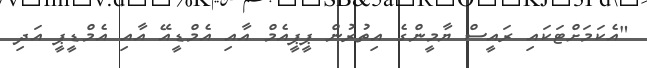
"އެކަމަށްޓަކައި ރައީސް ޔާމީންގެ އިތުރުން ޕީޕީއެމް އާއި އެމްޑީއޭ އާއި އެމްޑީޕީ އަދި